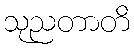
သုညတာတိ